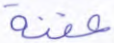
عفنة